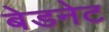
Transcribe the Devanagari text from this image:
बेडनेट